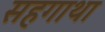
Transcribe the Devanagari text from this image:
सहगाथा